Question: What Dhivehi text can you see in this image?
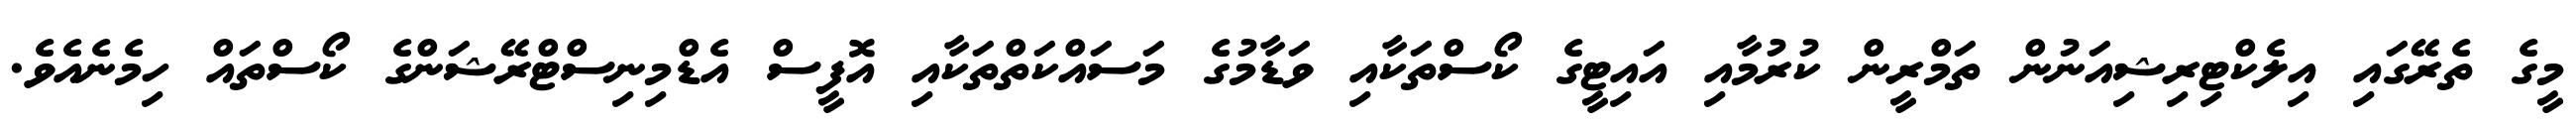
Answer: މީގެ ތެރޭގައި އިލެކްޓިރިޝިއަނުން ތަމްރީން ކުރުމާއި އައިޓީގެ ކޯސްތަކާއި ވަޑާމުގެ މަސައްކަތްތަކާއި އޮފީސް އެޑްމިނިސްޓްރޭޝަންގެ ކޯސްތައް ހިމެނެއެވެ.